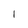
Character: l